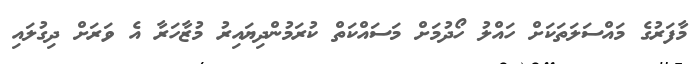
މާފަރުގެ މައްސަލަތަކަށް ހައްލު ހޯދުމަށް މަސައްކަތް ކުރަމުންދިޔައިރު މުޒާހަރާ އެ ވަރަށް ދިގުލައި